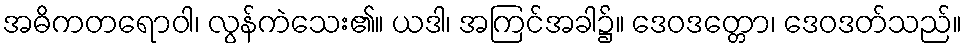
အဓိကတရောဝါ၊ လွန်ကဲသေး၏။ ယဒါ၊ အကြင်အခါ၌။ ဒေဝဒတ္တော၊ ဒေဝဒတ်သည်။